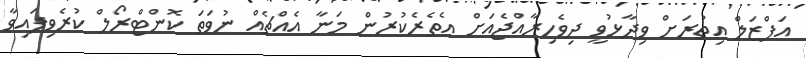
އަފްޒަލް އިތުރަށް ވިދާޅުވީ ދިވެހިރާއްޖެއަށް އެތެރެކުރުން މަނާ އެއްޗެއް ނުވަތަ ކޮންޓްރޯލް ކުރެވިފައިވާ